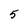
Character: 5